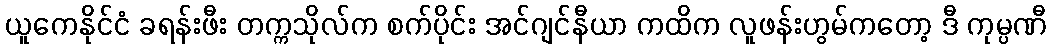
ယူကေနိုင်ငံ ခရန်းဖီး တက္ကသိုလ်က စက်ပိုင်း အင်ဂျင်နီယာ ကထိက လူဖန်းဟွမ်ကတော့ ဒီ ကုမ္ပဏီ